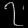
Digit: ၇